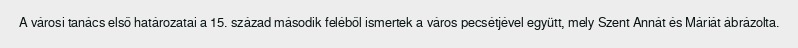
A városi tanács első határozatai a 15. század második feléből ismertek a város pecsétjével együtt, mely Szent Annát és Máriát ábrázolta.